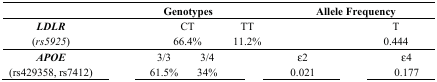
<table><thead><tr><td>[EMPTY_CELL]</td><td colspan="6"><b>Genotypes</b></td><td colspan="4"><b>Allele Frequency</b></td></tr></thead><tbody><tr><td><b><i>LDLR</i></b></td><td colspan="2">[EMPTY_CELL]</td><td colspan="2">CT</td><td colspan="2">TT</td><td colspan="2">[EMPTY_CELL]</td><td colspan="2">T</td></tr><tr><td><i>(rs5925)</i></td><td colspan="2">[EMPTY_CELL]</td><td colspan="2">66.4%</td><td colspan="2">11.2%</td><td colspan="2">[EMPTY_CELL]</td><td colspan="2">0.444</td></tr><tr><td><b><i>APOE</i></b></td><td>[EMPTY_CELL]</td><td colspan="2">3/3</td><td colspan="2">3/4</td><td>[EMPTY_CELL]</td><td>ε2</td><td colspan="2">[EMPTY_CELL]</td><td>ε4</td></tr><tr><td>(rs429358, rs7412)</td><td>[EMPTY_CELL]</td><td colspan="2">61.5%</td><td colspan="2">34%</td><td>[EMPTY_CELL]</td><td>0.021</td><td colspan="2">[EMPTY_CELL]</td><td>0.177</td></tr></tbody></table>